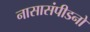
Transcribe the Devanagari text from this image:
नासासंपीडनो